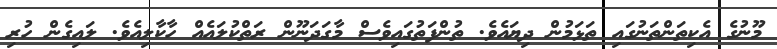
މޫނުގެ އެކިތަންތަނުގައި ތަޅަމުން ދިޔައެވެ. ތުންފަތުގައިވެސް މާގަދަނޫން ރަތްކުލައެއް ހާކާލިއެވެ. ލައިގެން ހުރި